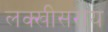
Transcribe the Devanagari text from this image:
लक्खीसराय